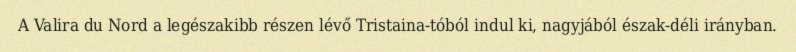
A Valira du Nord a legészakibb részen lévő Tristaina-tóból indul ki, nagyjából észak-déli irányban.